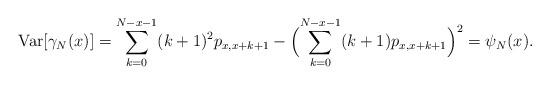
LaTeX: \begin{gather*}{\rm Var}[ \gamma_N(x) ] = \sum_{k=0}^{N-x-1} (k+1)^2 p_{x, x+k+1} - \Bigl( \sum_{k=0}^{N-x-1} (k+1) p_{x, x+k+1} \Bigr)^2 = \psi_N(x).\end{gather*}